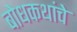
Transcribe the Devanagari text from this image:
बोधकथांचे